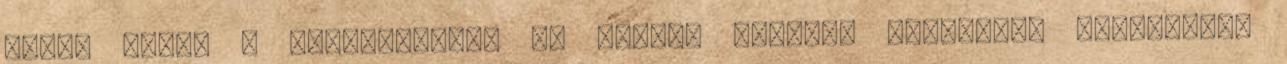
egyik része a nyomozásnak. Az ügyben további gazdasági társaságok